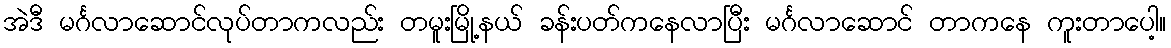
အဲဒီ မင်္ဂလာဆောင်လုပ်တာကလည်း တမူးမြို့နယ် ခန်းပတ်ကနေလာပြီး မင်္ဂလာဆောင် တာကနေ ကူးတာပေါ့။